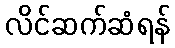
လိင်ဆက်ဆံရန်